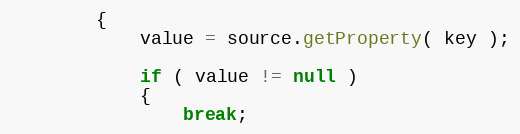
Language: Java
        {
            value = source.getProperty( key );

            if ( value != null )
            {
                break;